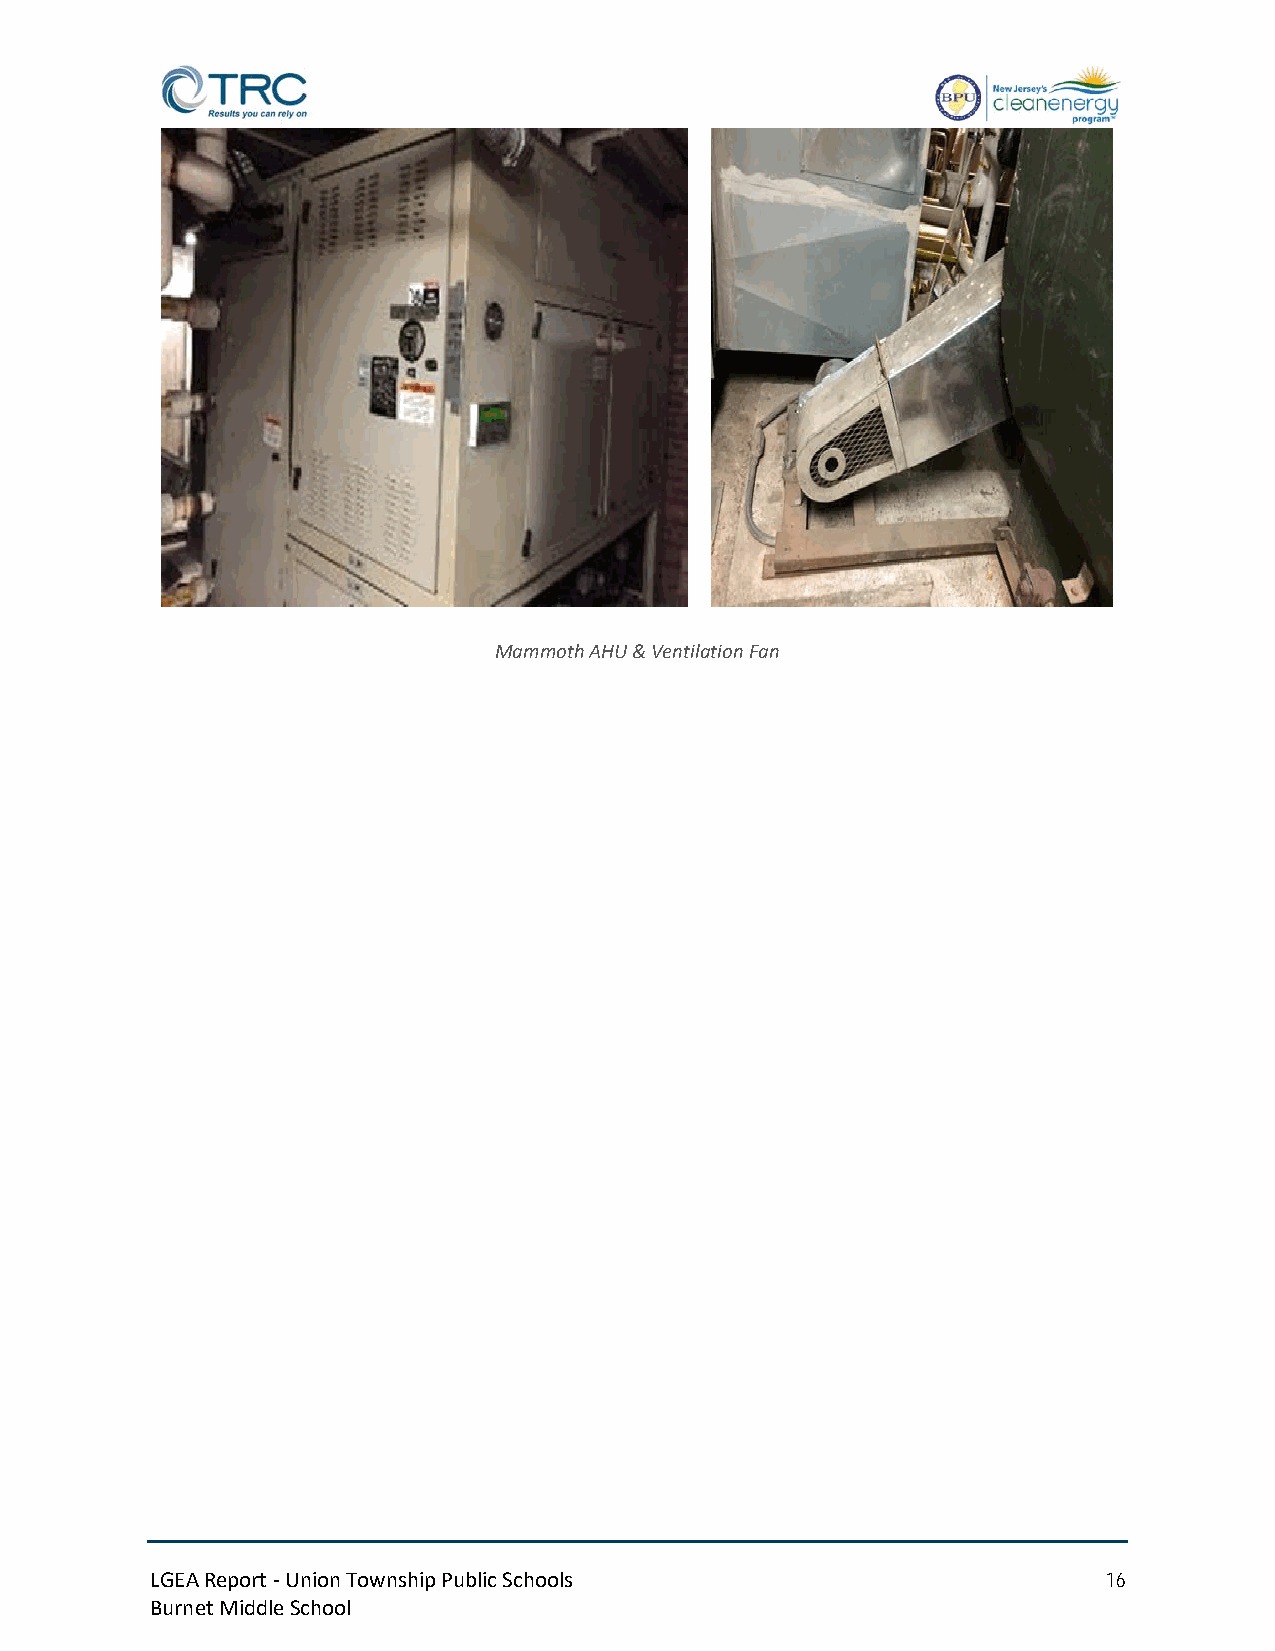
Mammoth AHU & Ventilation Fan
 LGEA Report - Union Township Public Schools                    16
 Burnet Middle School